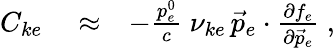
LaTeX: \begin{array}{rlr}{C_{ke}}&{{}\approx}&{-\frac{p_{e}^{0}}{c}\; \nu_{ke}\, \vec{p}_{e}\cdot\frac{\partial f_{e}}{\partial\vec{p}_{e}}\; ,}\end{array}